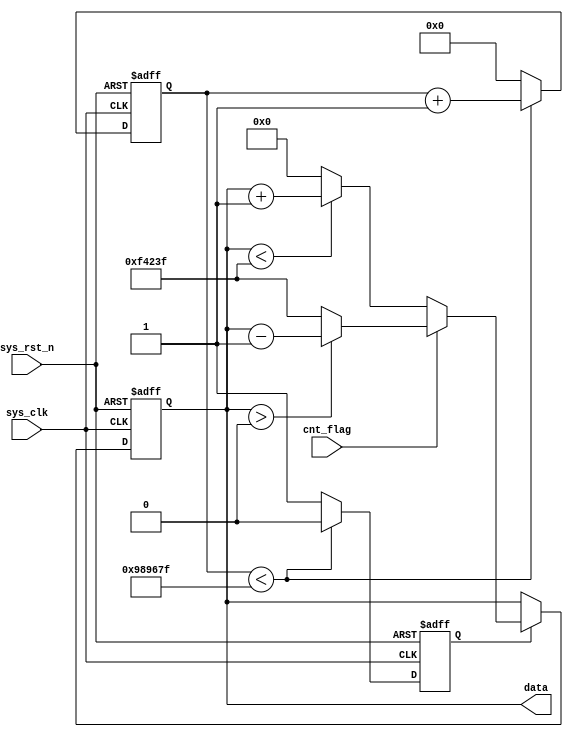
//////////////////////////////////////////////////////////////////////////////////
// 
// Module Name: data_value 
// Description: 0.2s
// 
//////////////////////////////////////////////////////////////////////////////////
`timescale 1ns / 1ps

module data_value(
    input               sys_clk,
    input               sys_rst_n,
    input               cnt_flag,

    output reg[19:0]    data            //
);

parameter MAX_CNT = 24'd1000_0000;

reg[23:0]   cnt;
reg         timer_flag;

//0.2ms
always @(posedge sys_clk or negedge sys_rst_n) begin
    if(!sys_rst_n) begin
        cnt <= 24'd0;
        timer_flag <= 1'b0;
    end
    else begin
        if(cnt < MAX_CNT - 1'b1) begin
            timer_flag <= 1'b0;
            cnt <= cnt + 1'b1;
        end
        else begin
            timer_flag <=1'b1;
            cnt <= 24'd0;
        end
    end

end

//0.2ms
always @(posedge sys_clk or negedge sys_rst_n) begin
    if(!sys_rst_n)
        data <= 20'd0;
    else begin
        if(timer_flag) begin        //0.2s
            if(cnt_flag) begin      //
                if(data > 20'd0)
                    data <= data - 1'b1;
                else
                    data <= 20'd999999; 
            end
            else begin              //
                if(data < 20'd999999)
                    data <= data + 1'b1;
                else
                    data <= 20'd0; 
            end
        end
        else
            data <= data;     
    end
end

endmodule